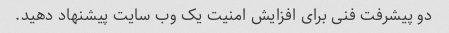
دو پیشرفت فنی برای افزایش امنیت یک وب سایت پیشنهاد دهید.